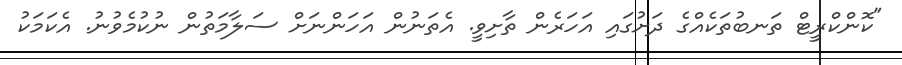
"ކޮންކްރީޓް ތަނބުތަކެއްގެ ދަށުގައި އަހަރެން ތާށިވީ. އެތަނުން އަހަންނަށް ސަލާމަތުން ނުކުމެވުނު. އެކަމަކު